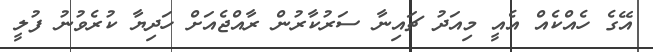
އޭގެ ހެއްކެއް އެއީ މިއަދު ޗައިނާ ސަރުކާރުން ރާއްޖެއަށް ހަދިޔާ ކުރެވުނު ފުލީ